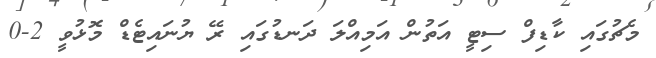
މެޗުގައި ކާޑިފް ސިޓީ އަތުން އަމިއްލަ ދަނޑުގައި ރޭ ޔުނައިޓެޑް މޮޅުވީ 2-0